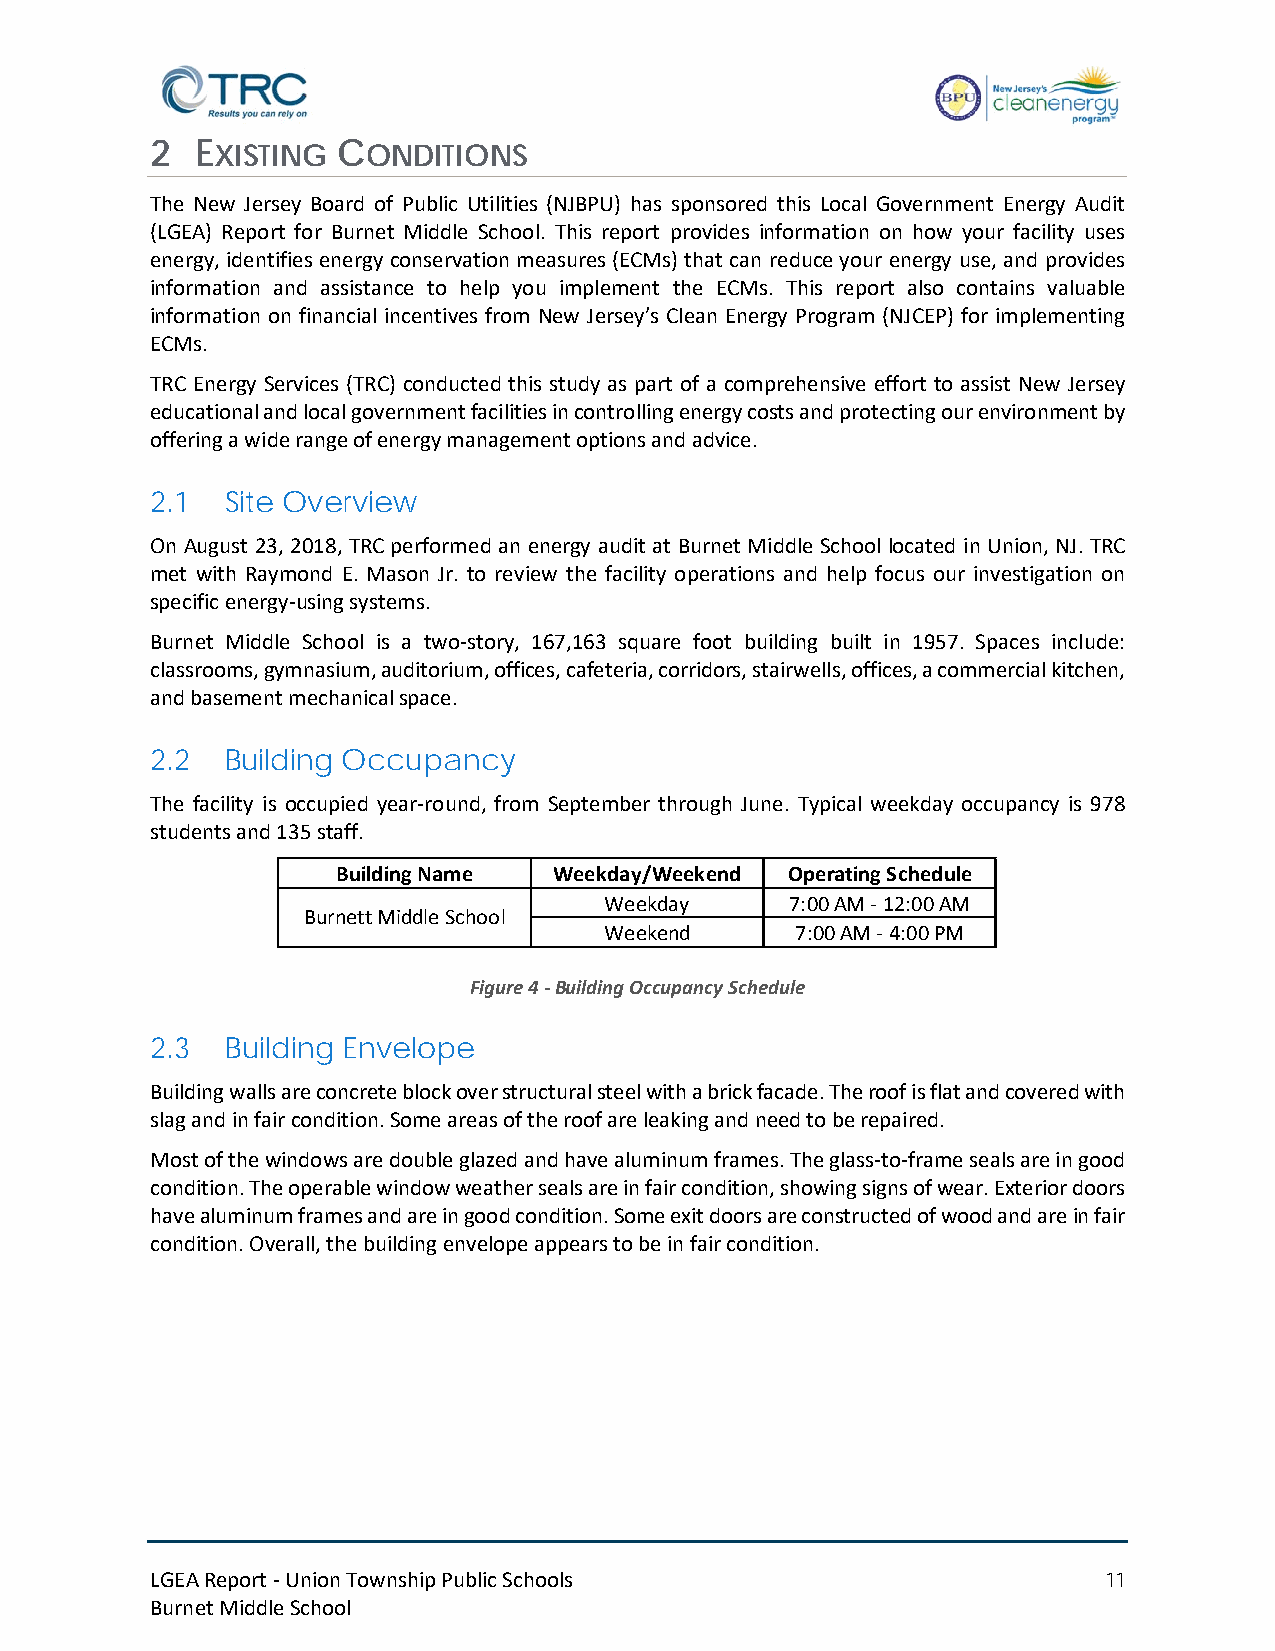
2  EXISTING CONDITIONS
 The New Jersey Board of Public Utilities (NJBPU) has sponsored this Local Government Energy Audit
 (LGEA) Report for Burnet Middle School. This report provides information on how your facility uses
 energy, identifies energy conservation measures (ECMs) that can reduce your energy use, and provides
 information and assistance to help you implement the ECMs. This report also contains valuable
 information on financial incentives from New Jersey’s Clean Energy Program (NJCEP) for implementing
 ECMs.
 TRC Energy Services (TRC) conducted this study as part of a comprehensive effort to assist New Jersey
 educational and local government facilities in controlling energy costs and protecting our environment by
 offering a wide range of energy management options and advice.
 2.1  Site Overview
 On August 23, 2018, TRC performed an energy audit at Burnet Middle School located in Union, NJ. TRC
 met with Raymond E. Mason Jr. to review the facility operations and help focus our investigation on
 specific energy-using systems.
 Burnet Middle School is a two-story, 167,163 square foot building built in 1957. Spaces include:
 classrooms, gymnasium, auditorium, offices, cafeteria, corridors, stairwells, offices, a commercial kitchen,
 and basement mechanical space.
 2.2  Building Occupancy
 The facility is occupied year-round, from September through June. Typical weekday occupancy is 978
 students and 135 staff.
 Building Name  Weekday/Weekend Operating Schedule
 Weekday     7:00 AM - 12:00 AM
 Burnett Middle School
 Weekend      7:00 AM - 4:00 PM
 Figure 4 - Building Occupancy Schedule
 2.3  Building Envelope
 Building walls are concrete block over structural steel with a brick facade. The roof is flat and covered with
 slag and in fair condition. Some areas of the roof are leaking and need to be repaired.
 Most of the windows are double glazed and have aluminum frames. The glass-to-frame seals are in good
 condition. The operable window weather seals are in fair condition, showing signs of wear. Exterior doors
 have aluminum frames and are in good condition. Some exit doors are constructed of wood and are in fair
 condition. Overall, the building envelope appears to be in fair condition.
 LGEA Report - Union Township Public Schools                    11
 Burnet Middle School